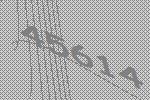
45614